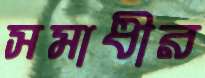
সমাধীর